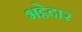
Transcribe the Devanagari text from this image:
भट्ठेदार